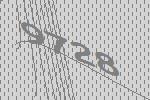
9728